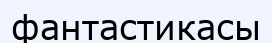
фантастикасы